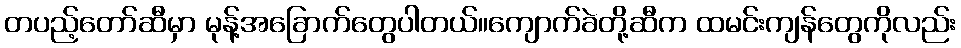
တပည့်တော်ဆီမှာ မုန့်အခြောက်တွေပါတယ်။ကျောက်ခဲတို့ဆီက ထမင်းကျန်တွေကိုလည်း